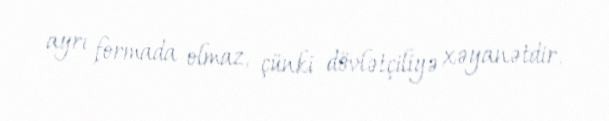
ayrı formada olmaz, çünki dövlətçiliyə xəyanətdir.